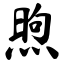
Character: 煦